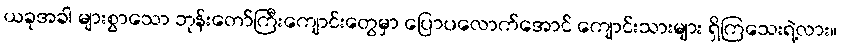
ယခုအခါ များစွာသော ဘုန်းတော်ကြီးကျောင်းတွေမှာ ပြောပလောက်အောင် ကျောင်းသားများ ရှိကြသေးရဲ့လား။